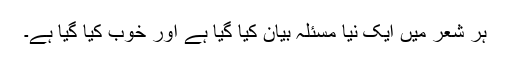
ہر شعر میں ایک نیا مسئلہ بیان کیا گیا ہے اور خوب کیا گیا ہے۔